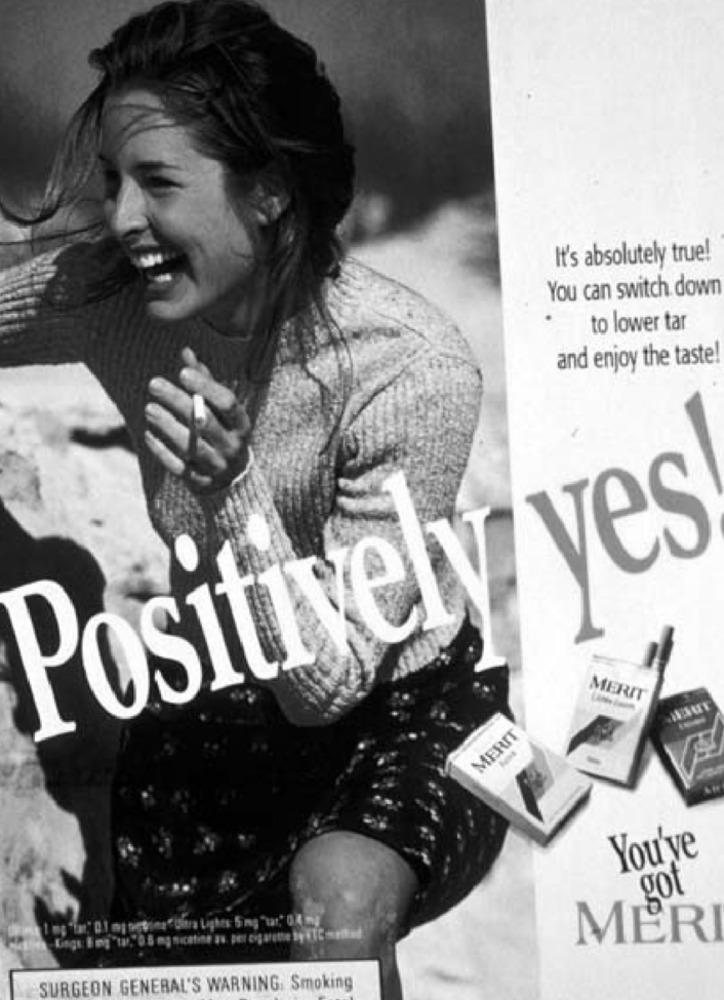
It's absolutely true!
You can switch down
to lower tar
and enjoy the taste!
Positively yes
MERIT
MERIT
You've
got
Kings: Img "tar,"0 5 mg nicatine au, per cigarethe by HTC method
MERI
SURGEON GENERAL'S WARNING. Smoking